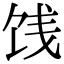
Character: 饯